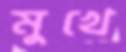
মুখে